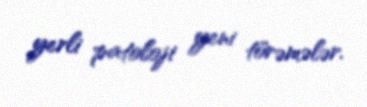
yerli patoloji yeni törəmələr.